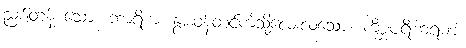
ညစ်တန် သော။ ဘာရိကံ၊ နွားဝန်တင်ကဲ့သို့လေးလံသော။ ကိစ္ဆပရိဟရဏံ၊